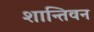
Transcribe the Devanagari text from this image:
शान्तिवन